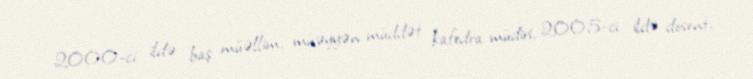
2000-ci ildə baş müəllim, müəyyən müddət kafedra müdiri, 2005-ci ildə dosent,